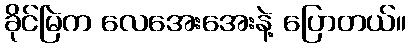
ခိုင်မြဲက လေအေးအေးနဲ့ ပြောတယ်။